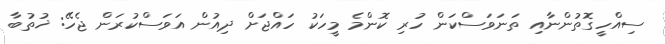
ސިއްހީގޮތުންނާއި ތަނަވަސްކަން ހުރި ކޮންމެ މީހަކު ހައްޖަށް ދިއުން އަވަސްކުރަން ޖެހޭ: ޚުތުބާ